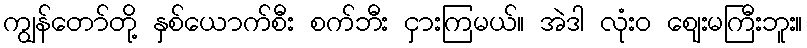
ကျွန်တော်တို့ နှစ်ယောက်စီး စက်ဘီး ငှားကြမယ်။ အဲဒါ လုံးဝ ဈေးမကြီးဘူး။